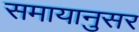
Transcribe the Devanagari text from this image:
समायानुसर